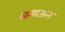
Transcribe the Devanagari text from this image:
समाऊन